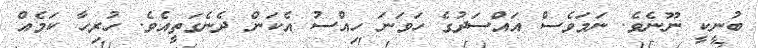
ބުނީކީ ނޫނެވެ. ނަމަވެސް އައްސަދުގެ ހަވަނަ ހިއްސު އެކަން ދެނެގަތީއެވެ. ހުރިހާ ކަމެއް